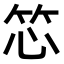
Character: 𬔰